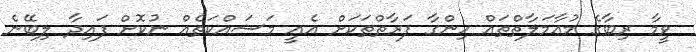
ވީމާ ރިބާގެ މުޢާމަލާތްތައް ހިންގާ ފަރާތްތަކަށް އެއީ މަސައްކަތެއް ނުކޮށް ފައިދާ ލިބޭނެ